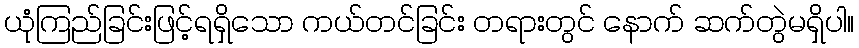
ယုံကြည်ခြင်းဖြင့်ရရှိသော ကယ်တင်ခြင်း တရားတွင် နောက် ဆက်တွဲမရှိပါ။